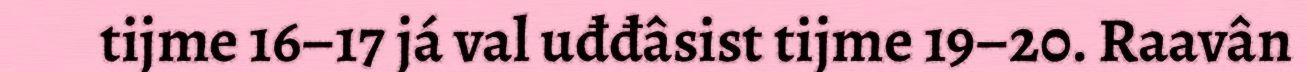
tijme 16–17 já val uđđâsist tijme 19–20. Raavân